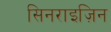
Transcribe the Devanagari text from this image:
सिनराइज़िन